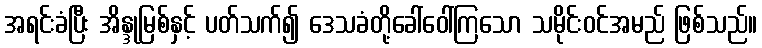
အရင်းခံပြီး အိန္ဒုမြစ်နှင့် ပတ်သက်၍ ဒေသခံတို့ခေါ်ဝေါ်ကြသော သမိုင်းဝင်အမည် ဖြစ်သည်။